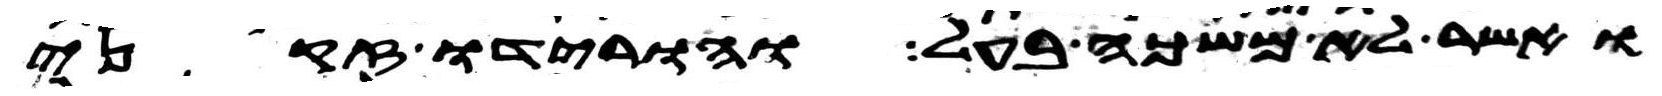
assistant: ואשר לא משכה בעל והורידו זקני